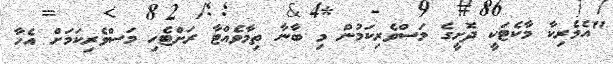
"އެމެރިކާ މާކެޓަކީ ދޮށީގެ މަސްވެރިކަމުން މި ބާނާ ތިމާވެއްޓާ ރަށްޓެހި މަސްވެރިކަމަށް އެހާ